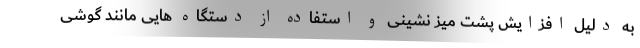
به دلیل افزایش پشت میز نشینی و استفاده از دستگاه هایی مانند گوشی